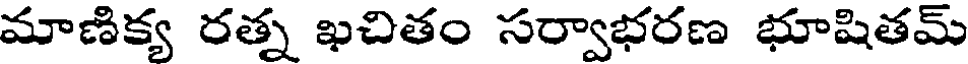
మాణిక్య రత్న ఖచితం సర్వాభరణ భూషితమ్